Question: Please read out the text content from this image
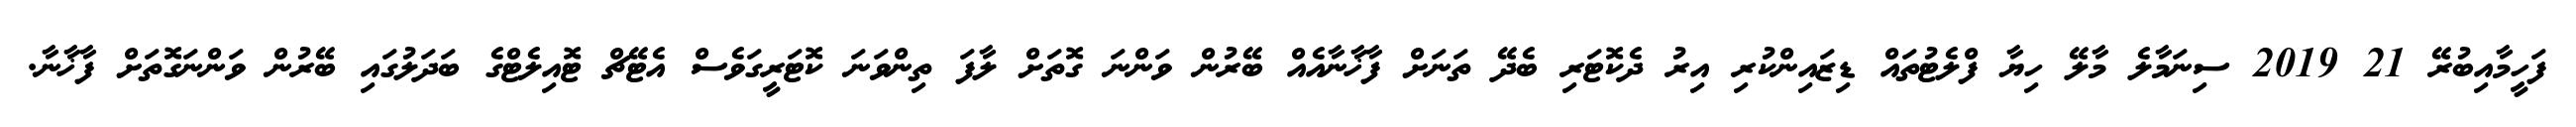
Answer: ފަހީމާއިބުރޭ 21 2019 ސިނަމާލެ މާލޭ ހިޔާ ފްލެޓުތައް ޑިޒައިންކުރި އިރު ދެކޮޓަރި ބެދޭ ތަނަށް ފާޚާނާއެއް ބޭރުން ވަންނަ ގޮތަށް ލާފަ ތިންވަނަ ކޮޓަރީގަވެސް އެޓޭޗް ޓޮއިލެޓްގެ ބަދަލުގައި ބޭރުން ވަންނަގޮތަށް ފާޚާނާ.